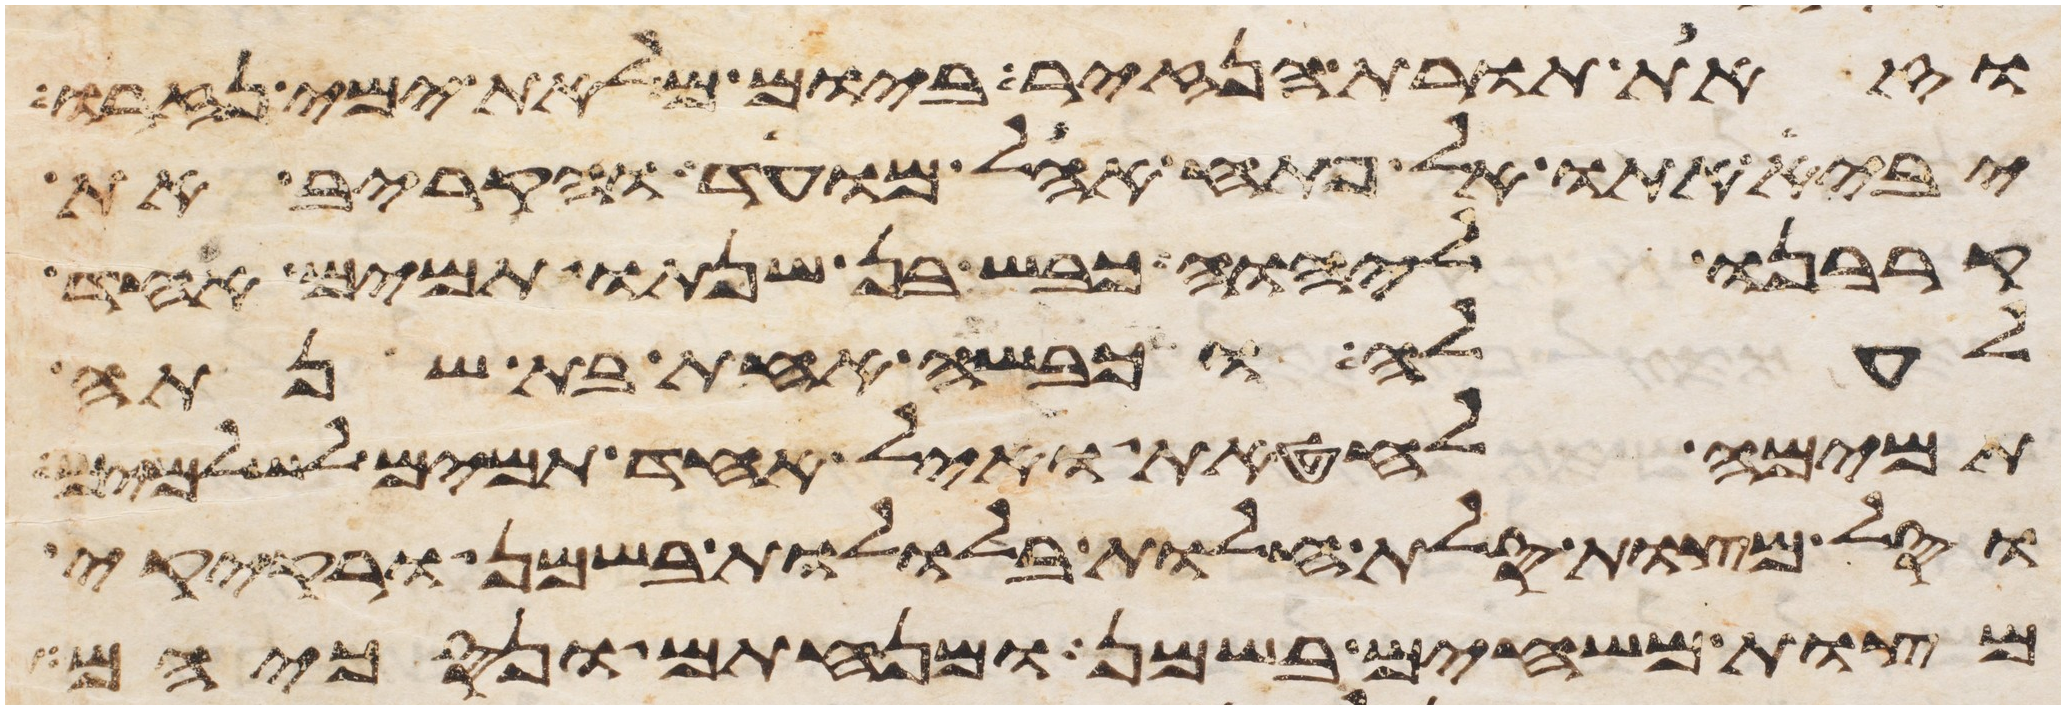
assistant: וזאת תורת הנזיר ביום מלאת ימי נזרו
יביא אתו אל פתח אהל מועד והקריב את
קרבנו ליהוה כבש בן שנתו תמים אחד
לעלה וכבשה אחת בת שנתה
תמימה לחטאת ואיל אחד תמים לשלמים
וסל מצות סלת חלות בללות בשמן ורקיקי
מצות משחים בשמן ומנחתם ונסכיהם